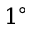
1 ^ { \circ }